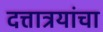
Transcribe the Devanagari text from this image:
दत्तात्रयांचा